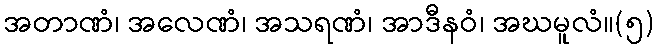
အတာဏံ၊ အလေဏံ၊ အသရဏံ၊ အာဒီနဝံ၊ အဃမူလံ။(၅)